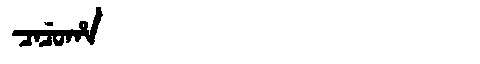
Manchu: ᠴᠠᠴᡠᡥᠠ
Romanization: CACUHA